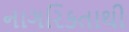
નાગરિકતાથી